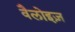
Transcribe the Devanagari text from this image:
वैलोइज़